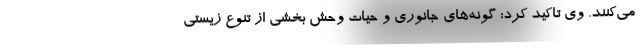
می‌کنند. وی تاکید کرد: گونه‌های جانوری و حیات وحش بخشی از تنوع زیستی